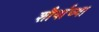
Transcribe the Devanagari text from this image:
शौर्याच्या